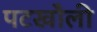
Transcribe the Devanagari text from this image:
पटखौली